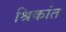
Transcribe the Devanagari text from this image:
श्रिकांत